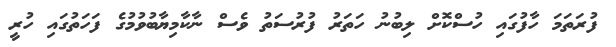
ފުރަތަމަ ހާފުގައި ހުސްކޮށް ލިބުނު ހަތަރު ފުރުސަތު ވެސް ނާކާމިޔާބުވުމުގެ ފަހަތުގައި ހުރީ